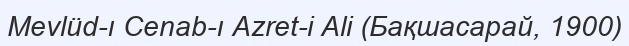
Mevlüd-ı Cenab-ı Azret-i Ali (Бақшасарай, 1900)